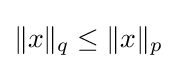
\|x\|_{q}\leq \|x\|_{p}